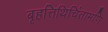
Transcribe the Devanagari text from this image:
बृहत्तिथिचिंतामणि